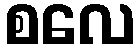
စလေ